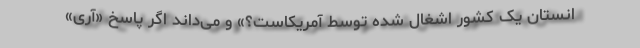
انستان یک کشور اشغال شده توسط آمریکاست؟» و می‌داند اگر پاسخ «آری»